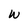
Character: w